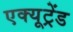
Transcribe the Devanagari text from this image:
एक्यूट्रेंड